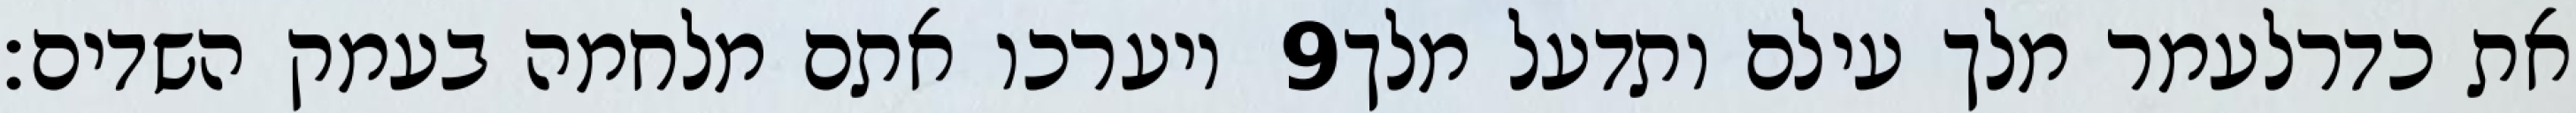
ויערכו אתם מלחמה בעמק השדים׃ ‎9‏ את כדרלעמר מלך עילם ותדעל מלך